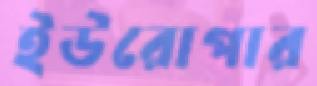
ইউরোপার